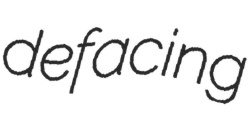
defacing